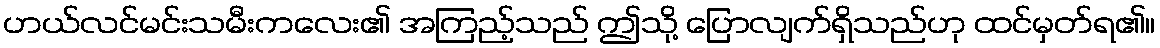
ဟယ်လင်မင်းသမီးကလေး၏ အကြည့်သည် ဤသို့ ပြောလျက်ရှိသည်ဟု ထင်မှတ်ရ၏။